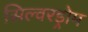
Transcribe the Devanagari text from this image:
सिल्वरड्रोम